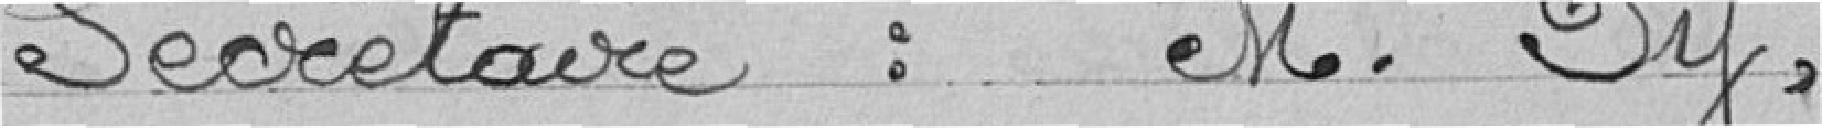
Secrétaire : monsieur Py